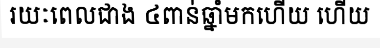
រយៈពេលជាង ៤ពាន់ឆ្នាំមកហើយ ហើយ